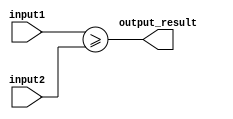
module greater_than_equal_to_comparator(
    input [7:0] input1,
    input [7:0] input2,
    output output_result
);

assign output_result = (input1 >= input2);

endmodule